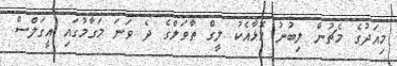
މިއަދުގެ މެޗުން ލިބުނު މޮޅާއެކު ލީގް ތާވަލްގެ ދެ ވަނަ މަގާމުގައި އީގަލްސް